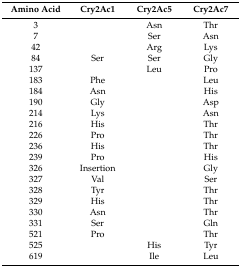
| Amino Acid | Cry2Ac1 | Cry2Ac5 | Cry2Ac7 |
 | --- | --- | --- | --- |
 | 3 |  | Asn | Thr |
 | 7 |  | Ser | Asn |
 | 42 |  | Arg | Lys |
 | 84 | Ser | Ser | Gly |
 | 137 |  | Leu | Pro |
 | 183 | Phe |  | Leu |
 | 184 | Asn |  | His |
 | 190 | Gly |  | Asp |
 | 214 | Lys |  | Asn |
 | 216 | His |  | Thr |
 | 226 | Pro |  | Thr |
 | 236 | His |  | Thr |
 | 239 | Pro |  | His |
 | 326 | Insertion |  | Gly |
 | 327 | Val |  | Ser |
 | 328 | Tyr |  | Thr |
 | 329 | His |  | Thr |
 | 330 | Asn |  | Thr |
 | 331 | Ser |  | Gln |
 | 521 | Pro |  | Thr |
 | 525 |  | His | Tyr |
 | 619 |  | Ile | Leu |